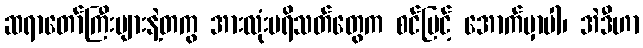
ဆရာတော်ကြီးများနဲ့တကွ အားလုံးပရိသတ်တွေက စင်မြင့် အောက်မှာပါ၊ အဲဒီဟာ